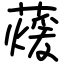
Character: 蕿